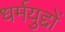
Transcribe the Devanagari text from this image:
धर्मयुद्दों